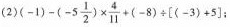
(2) $$(-1)-(-5 \frac{1}{2})\times \frac{4}{11}+(-8)\div \left[(-3)+5\right ]$$ ;